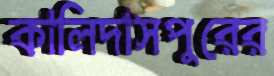
কালিদাসপুরের